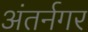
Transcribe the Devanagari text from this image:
अंतर्नगर